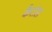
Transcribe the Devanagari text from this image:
कैराॅल